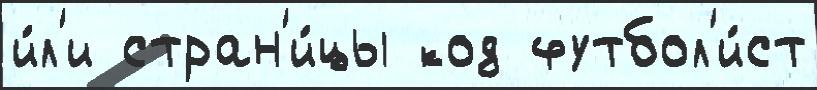
и́л'и стран'и́цы код футбол'и́ст